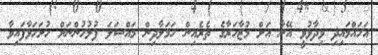
އަހައްމައިދި ވިދާޅުވީ އޭނާ އަށް މުޒާހަރާގެ ތެރެއިން ހަމަލާދިން މައްސަލަ ފުލުހުންނަށް ހުށަހަޅާފައިވާ